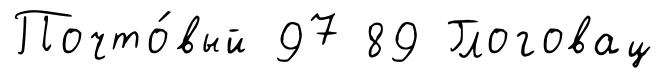
Почто́вый 97 89 Глоговац